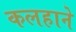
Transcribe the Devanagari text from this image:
कलहाने